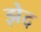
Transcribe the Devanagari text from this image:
झेद